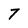
Character: 7